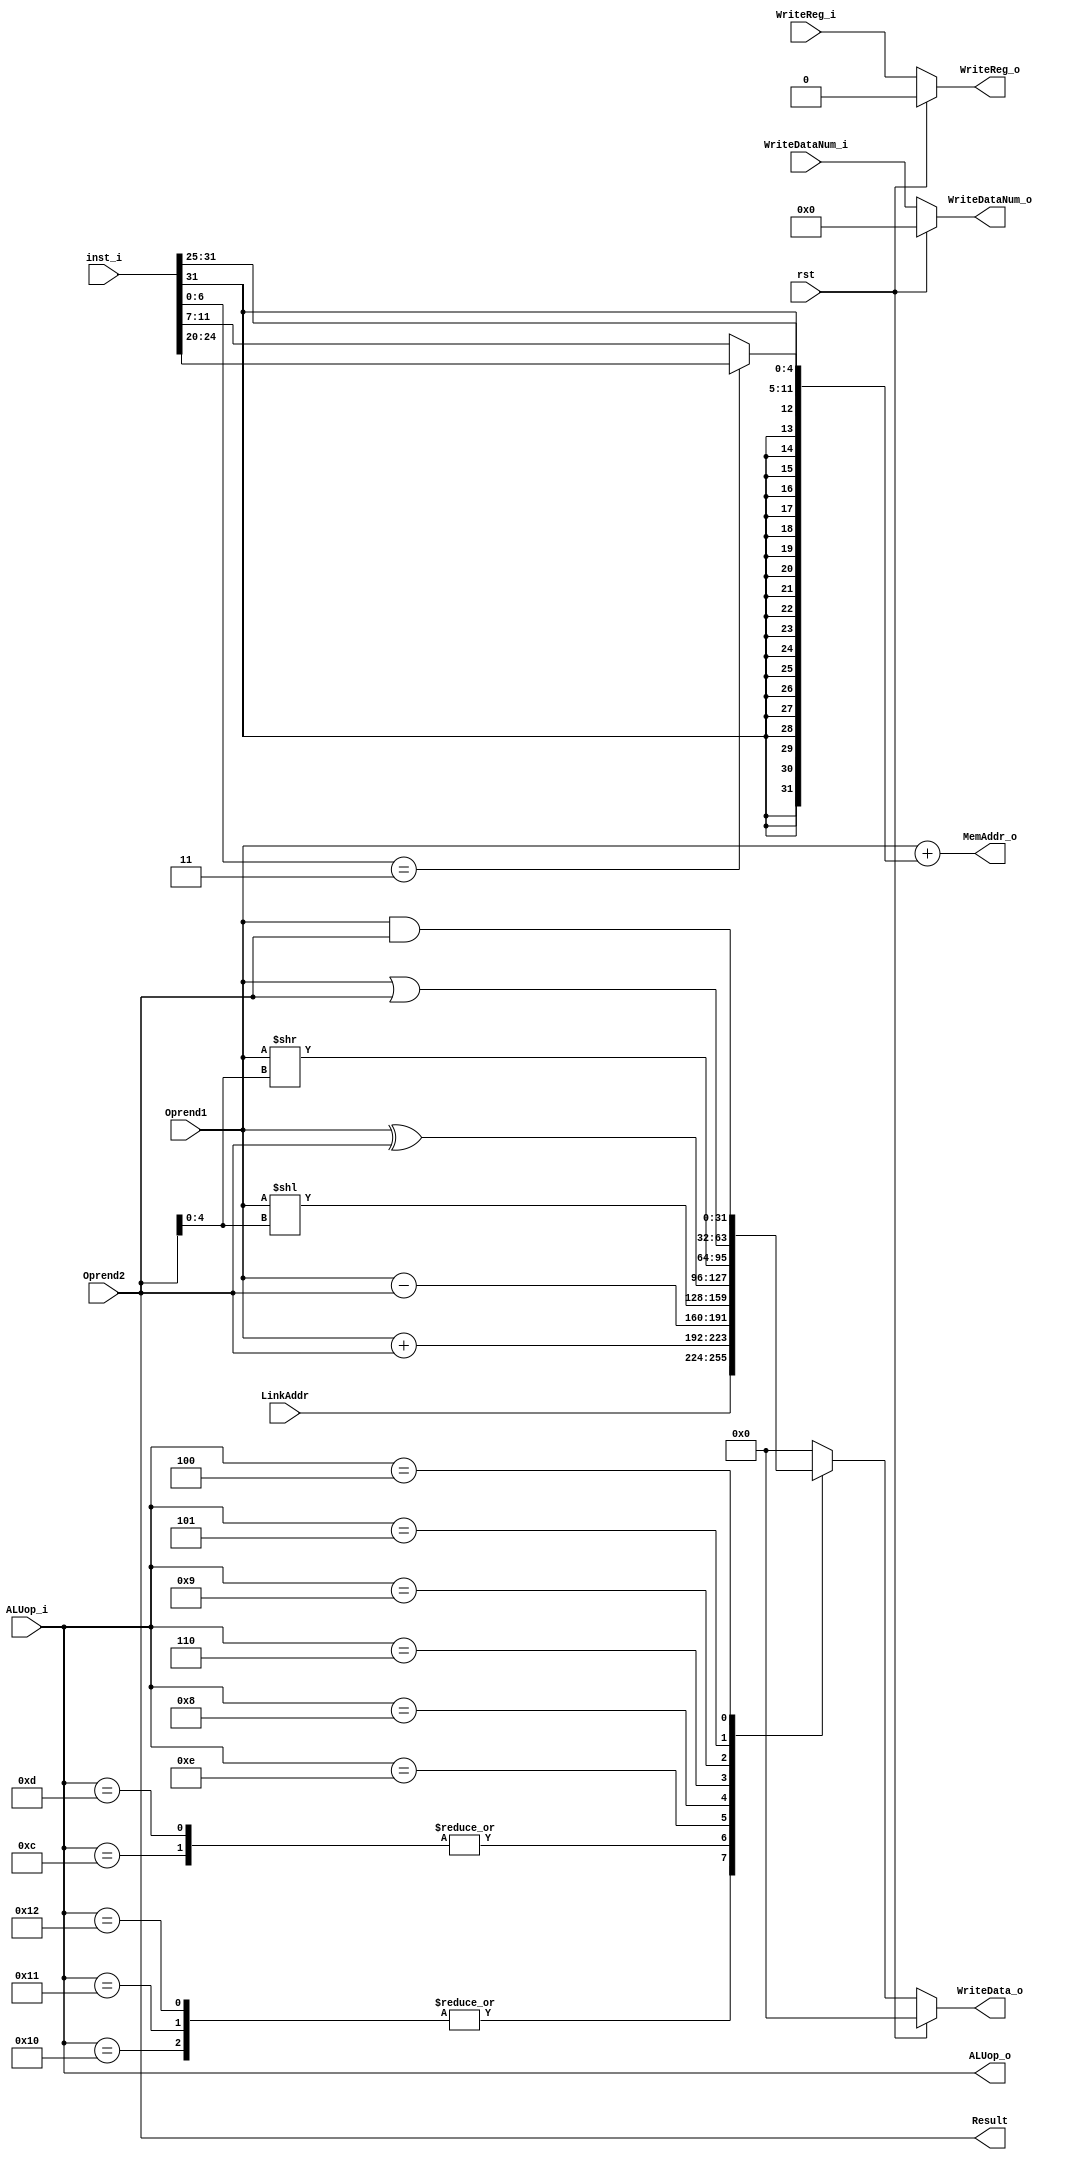

`timescale 1ns / 1ps
module EX(
	input	wire	    rst,
	input	wire[4:0]   ALUop_i,
    input   wire[31:0]  Oprend1,
    input   wire[31:0]  Oprend2,
    input   wire[4:0]   WriteDataNum_i,
	input 	wire		WriteReg_i,
	input	wire[31:0]  LinkAddr,
	input   wire[31:0]  inst_i,
	output	reg 		WriteReg_o,
	output	wire[4:0]	ALUop_o,
	output	reg [4:0]	WriteDataNum_o,
	output	reg [31:0]	WriteData_o,
    output  wire[31:0]  MemAddr_o,
    output  wire[31:0]  Result
);
       
always @ (*) begin
	if (rst)
		WriteDataNum_o <= 5'b0;
	else
    	WriteDataNum_o <= WriteDataNum_i;
end
   
always @ (*) begin
  if (rst)
    WriteReg_o <= 1'b0;
  else
    WriteReg_o <= WriteReg_i;
end

  
always @ (*) begin
  if (rst)
    WriteData_o <= 32'b0;
  else begin
    case (ALUop_i)
      5'b10000: WriteData_o <= LinkAddr; 					      // jal
      5'b10001: WriteData_o <= LinkAddr; 				        // beq
      5'b10010: WriteData_o <= LinkAddr; 					      // blt
      5'b10100: WriteData_o <= 32'b0;                   // lw
      5'b10101: WriteData_o <= 32'b0;                   // sw
      5'b01100: WriteData_o <= Oprend1 +  Oprend2;  		// addi
      5'b01101: WriteData_o <= Oprend1 +  Oprend2;  		// add
      5'b01110: WriteData_o <= Oprend1 -  Oprend2;  		// sub
      5'b01000: WriteData_o <= Oprend1 << Oprend2[4:0];	// sll
      5'b00110: WriteData_o <= Oprend1 ^  Oprend2; 		  // xor
      5'b01001: WriteData_o <= Oprend1 >> Oprend2[4:0]; // srl
      5'b00101: WriteData_o <= Oprend1 |  Oprend2;  		// or
      5'b00100: WriteData_o <= Oprend1 &  Oprend2;  		// and
      default:  WriteData_o <= 32'b0;
    endcase
  end
end

assign ALUop_o   = ALUop_i;
assign Result    = Oprend2;

// Whether LW or SW  , LW ->  [6:0] == 0000011, SW -> [6:0] == 0100011 
// For write or load
assign MemAddr_o = Oprend1 + ((inst_i[6:0] == 7'b0000011) ? {{20{inst_i[31:31]}}, 
        inst_i[31:20]} :  {{20{inst_i[31:31]}}, inst_i[31:25], inst_i[11:7]});

endmodule